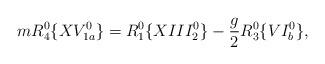
LaTeX: \begin{align*} mR_4^0 \{XV_{1a}^0\} = R_1^0 \{XIII_2^0\} - \frac{g}{2}R_3^0\{VI_b^0\},\end{align*}